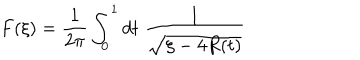
F ( \xi ) = \frac { 1 } { 2 \pi } \int _ { 0 } ^ { 1 } d t \; \frac { 1 } { \sqrt { \xi - 4 R ( t ) } }